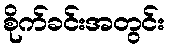
စိုက်ခင်းအတွင်း